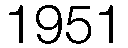
1951